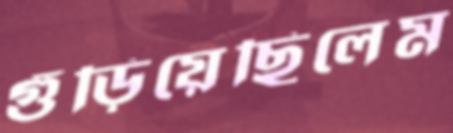
গুঁড়িয়েছিলেম